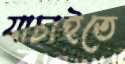
যাচাইতে